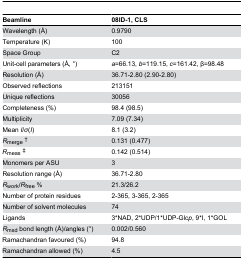
<table><thead><tr><td><b>Beamline</b></td><td><b>08ID-1, CLS</b></td></tr></thead><tbody><tr><td>Wavelength (Å)</td><td>0.9790</td></tr><tr><td>Temperature (K)</td><td>100</td></tr><tr><td>Space Group</td><td>C2</td></tr><tr><td>Unit-cell parameters (Å, °)</td><td><i>a</i>=66.13, <i>b</i>=119.15, <i>c</i>=161.42, β=98.48</td></tr><tr><td>Resolution (Å)</td><td>36.71-2.80 (2.90-2.80)</td></tr><tr><td>Observed reflections</td><td>213151</td></tr><tr><td>Unique reflections</td><td>30056</td></tr><tr><td>Completeness (%)</td><td>98.4 (98.5)</td></tr><tr><td>Multiplicity</td><td>7.09 (7.34)</td></tr><tr><td>Mean <i>I</i>/<i>σ</i>(<i>I</i>)</td><td>8.1 (3.2)</td></tr><tr><td><i>R</i><sub>merge</sub>†</td><td>0.131 (0.477)</td></tr><tr><td><i>R</i><sub>meas</sub>‡</td><td>0.142 (0.514)</td></tr><tr><td>Monomers per ASU</td><td>3</td></tr><tr><td>Resolution range (Å)</td><td>36.71-2.80</td></tr><tr><td><i>R</i><sub>work</sub>/<i>R</i><sub>free</sub> %</td><td>21.3/26.2</td></tr><tr><td>Number of protein residues</td><td>2-365, 3-365, 2-365</td></tr><tr><td>Number of solvent molecules</td><td>74</td></tr><tr><td>Ligands</td><td>3*NAD, 2*UDP/1*UDP-Glc<i>p</i>, 9*I, 1*GOL</td></tr><tr><td><i>R</i><sub>msd</sub> bond length (Å)/angles (°)</td><td>0.002/0.560</td></tr><tr><td>Ramachandran favoured (%)</td><td>94.8</td></tr><tr><td>Ramachandran allowed (%)</td><td>4.5</td></tr></tbody></table>